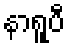
နာရူပီ